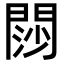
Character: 閯